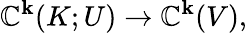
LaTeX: \mathbb{C}^{\mathbf{k}}(K;U)\to\mathbb{C}^{\mathbf{k}}(V),